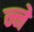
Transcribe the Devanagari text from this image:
न्ने